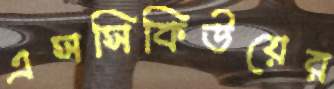
এসসিকিউয়ের